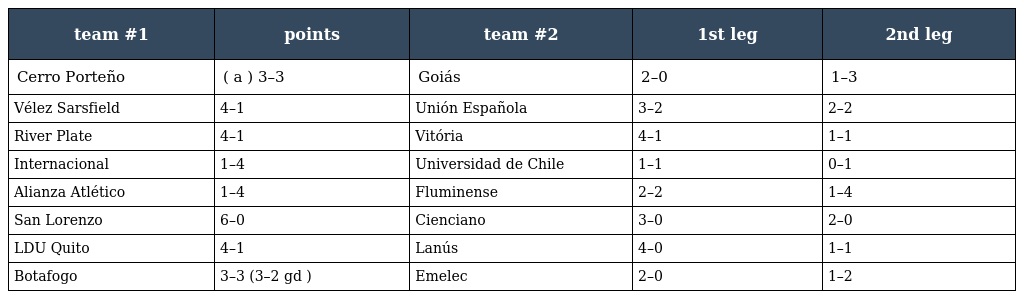
| team #1 | points | team #2 | 1st leg | 2nd leg |
 | --- | --- | --- | --- | --- |
 | Cerro Porteño | ( a ) 3–3 | Goiás | 2–0 | 1–3 |
 | Vélez Sarsfield | 4–1 | Unión Española | 3–2 | 2–2 |
 | River Plate | 4–1 | Vitória | 4–1 | 1–1 |
 | Internacional | 1–4 | Universidad de Chile | 1–1 | 0–1 |
 | Alianza Atlético | 1–4 | Fluminense | 2–2 | 1–4 |
 | San Lorenzo | 6–0 | Cienciano | 3–0 | 2–0 |
 | LDU Quito | 4–1 | Lanús | 4–0 | 1–1 |
 | Botafogo | 3–3 (3–2 gd ) | Emelec | 2–0 | 1–2 |